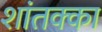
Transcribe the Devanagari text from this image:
शांतक्का